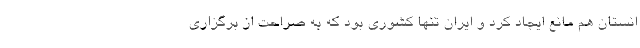
انستان هم مانع ايجاد كرد و ايران تنها كشوري بود كه به صراحت از برگزاري